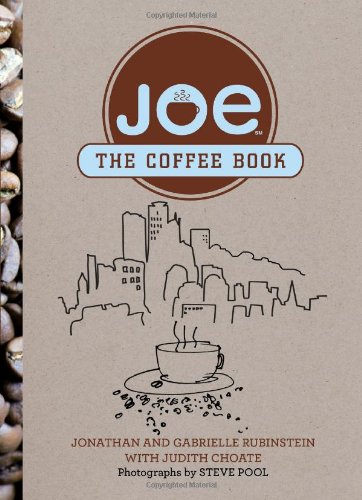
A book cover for Joe: The Coffee Book; Jonathan Rubinstein; Cookbooks, Food & Wine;